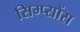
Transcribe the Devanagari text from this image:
सिम्प्सोंस